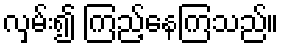
လှမ်း၍ ကြည့်နေကြသည်။